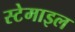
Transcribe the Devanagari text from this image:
स्टेमाइल